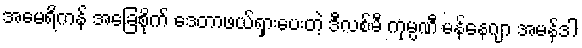
အမေရိကန် အခြေစိုက် ဒေတာဖယ်ရှားပေးတဲ့ ဒီလစ်မီ ကုမ္ပဏီ မန်နေဂျာ အမန်ဒါ